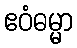
ဧဝံဓမ္မာ